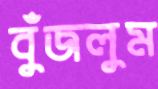
বুঁজলুম